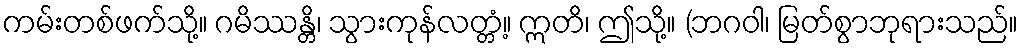
ကမ်းတစ်ဖက်သို့။ ဂမိဿန္တိ၊ သွားကုန်လတ္တံ့။ ဣတိ၊ ဤသို့။ (ဘဂဝါ၊ မြတ်စွာဘုရားသည်။